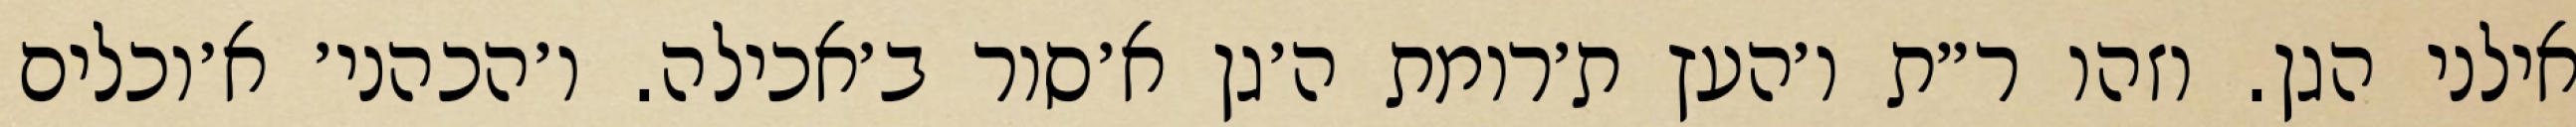
אילני הגן. וזהו ר״ת ו׳העץ ת׳רומת ה׳גן א׳סור ב׳אכילה. ו׳הכהני׳ א׳וכלים